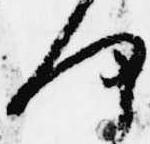
何